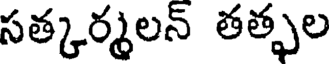
సత్కర్మలన్ తత్ఫల